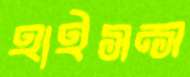
হাইসন্স